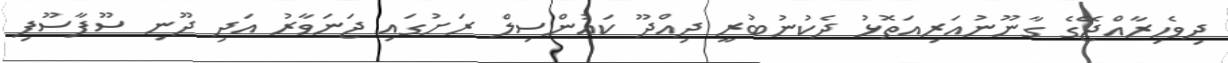
ދިވެހިރާއްޖޭގެ ގާނޫނުއަރިއަތޮޅު ދެކުނުބުރީ ދިއްދޫ ކައުންސިލް ރަށުގައި ޖަނަވާރު އަދި ދޫނި ސޫފާސޫފި